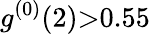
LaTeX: g^{(0)}(2){>}0.55